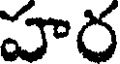
హర